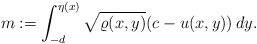
LaTeX: \begin{align*} m:=\int_{-d}^{\eta(x)}\sqrt{\varrho(x,y)}(c-u(x,y))\,dy.\end{align*}